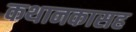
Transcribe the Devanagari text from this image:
कथानकासह